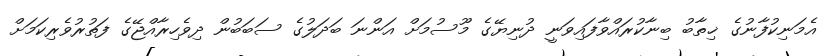
އެމަނިކުފާނުގެ ޚިތާބު ބިނާކުރައްވާފައިވަނީ ދުނިޔޭގެ މޫސުމަށް އަންނަ ބަދަލުގެ ސަބަބުން ދިވެހިރާއްޖޭގެ ފަތުރުވެރިކަމަށް